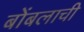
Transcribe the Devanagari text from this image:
बोंबलाची